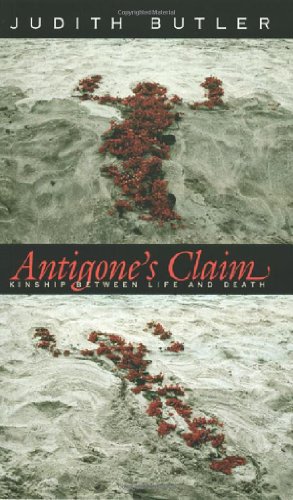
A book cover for Antigone's Claim; Judith Butler; Gay & Lesbian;